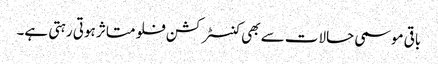
باقی موسمی حالات سے بھی کنسٹرکشن فلو متاثر ہوتی رہتی ہے۔